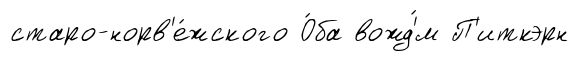
старо-норв'е́жского О́ба вожд'́м П'иткэрн